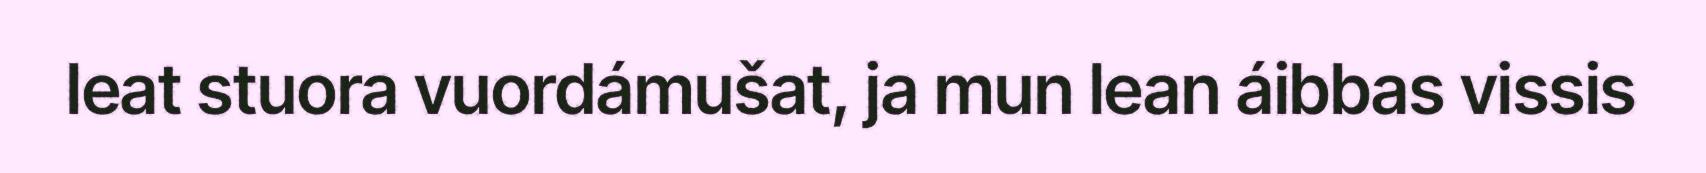
leat stuora vuordámušat, ja mun lean áibbas vissis